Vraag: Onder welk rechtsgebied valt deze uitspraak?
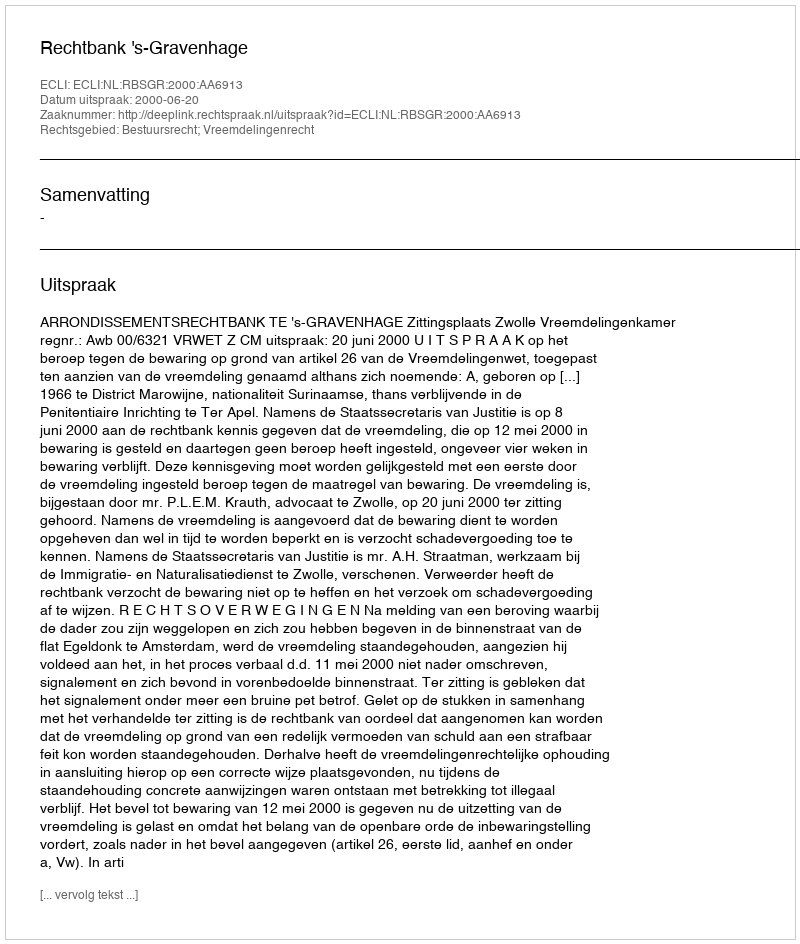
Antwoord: Bestuursrecht; Vreemdelingenrecht